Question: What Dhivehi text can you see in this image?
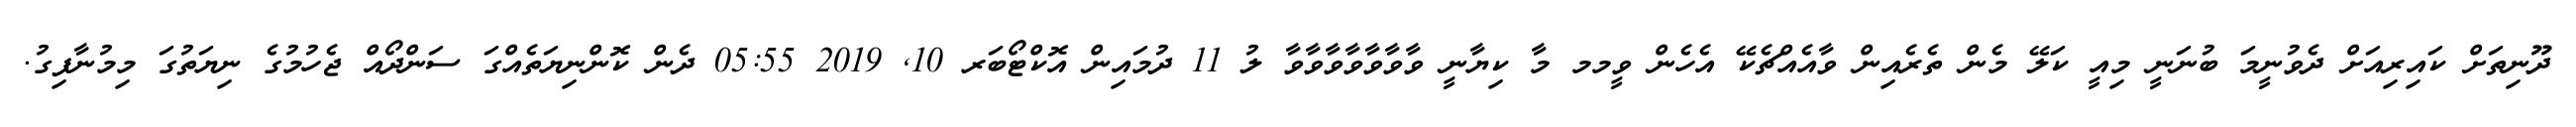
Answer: ދޫނިތަށް ކައިރިއަށް ދެވުނީމަ ބުނަނީ މިއީ ކަލޭ މެން ތެރެއިން ވާއެއްޗެކޭ އެހެން ވީމމ މާ ކިޔާނީ ވާވާވާވާވާވާވާ ލު 11 ދުމައިން އޮކްޓޯބަރ 10, 2019 05:55 ދެން ކޮންނިޔަތެއްގަ ސަންދޯއް ޖެހުމުގެ ނިޔަތުގަ މިމުނާފިގު.